Indian journal of veterinary science and animal husbandry - Volume 7,
Year: 1937
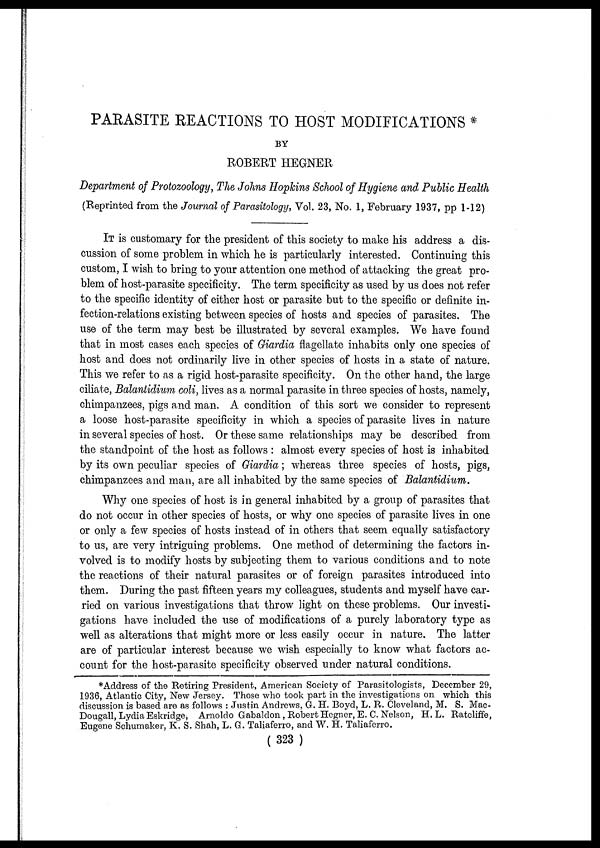
PARASITE REACTIONS TO HOST MODIFICATIONS *
BY
ROBERT HEGNER
Department of Protozoology, The Johns Hopkins School of Hygiene and Public Health
(Reprinted from the Journal of Parasitology, Vol. 23, No. 1, February 1937, pp 1-12)
IT is customary for the president of this society to make his address a dis-
cussion of some problem in which he is particularly interested. Continuing this
custom, I wish to bring to your attention one method of attacking the great pro-
blem of host-parasite specificity. The term specificity as used by us does not refer
to the specific identity of either host or parasite but to the specific or definite in-
fection-relations existing between species of hosts and species of parasites. The
use of the term may best be illustrated by several examples. We have found
that in most cases each species of Giardia flagellate inhabits only one species of
host and does not ordinarily live in other species of hosts in a state of nature.
This we refer to as a rigid host-parasite specificity. On the other hand, the large
ciliate, Balantidium coli, lives as a normal parasite in three species of hosts, namely,
chimpanzees, pigs and man. A condition of this sort we consider to represent
a loose host-parasite specificity in which a species of parasite lives in nature
in several species of host. Or these same relationships may be described from
the standpoint of the host as follows : almost every species of host is inhabited
by its own peculiar species of Giardia; whereas three species of hosts, pigs,
chimpanzees and man, are all inhabited by the same species of Balantidium.
Why one species of host is in general inhabited by a group of parasites that
do not occur in other species of hosts, or why one species of parasite lives in one
or only a few species of hosts instead of in others that seem equally satisfactory
to us, are very intriguing problems. One method of determining the factors in-
volved is to modify hosts by subjecting them to various conditions and to note
the reactions of their natural parasites or of foreign parasites introduced into
them. During the past fifteen years my colleagues, students and myself have car-
ried on various investigations that throw light on these problems. Our investi-
gations have included the use of modifications of a purely laboratory type as
well as alterations that might more or less easily occur in nature. The latter
are of particular interest because we wish especially to know what factors ac-
count for the host-parasite specificity observed under natural conditions.
*Address of the Retiring President, American Society of Parasitologists, December 29,
1936, Atlantic City, New Jersey. Those who took part in the investigations on which this
discussion is based are as follows : Justin Andrews, G. H. Boyd, L. R. Cleveland, M. S. Mac¬
Dougall, Lydia Eskridge, Arnoldo Gabaldon, Robert Hegner, E. C. Nelson, H. L. Ratcliffe,
Eugene Schumaker, K. S. Shah, L. G. Taliaferro, and W. H. Taliaferro.
( 323 )